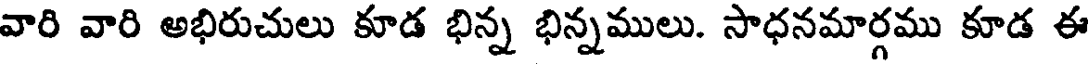
వారి వారి అభిరుచులు కూడ భిన్న భిన్నములు. సాధనమార్గము కూడ ఈ